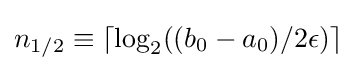
n_{1/2}\equiv \lceil \log _{2}((b_{0}-a_{0})/2\epsilon )\rceil